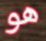
هو